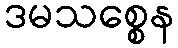
ဒမသစ္စေန